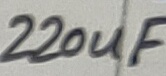
Text: 220uF